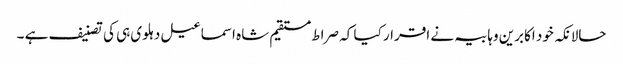
حالانکہ خود اکابرین وہابیہ نے اقرار کیا کہ صراط مستقیم شاہ اسماعیل دہلوی ہی کی تصنیف ہے ۔